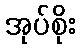
အုပ်စိုး